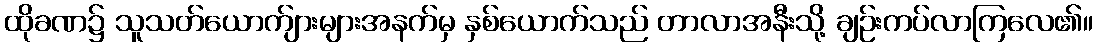
ထိုခဏ၌ သူသတ်ယောက်ျားများအနက်မှ နှစ်ယောက်သည် တာလာအနီးသို့ ချဉ်းကပ်လာကြလေ၏။